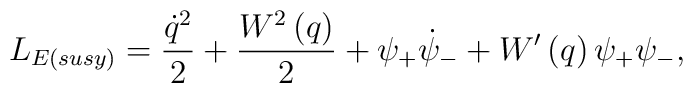
L_{E({susy}) }=\frac{\dot{q}^{2}}{2}+\frac{W^{2}\left( q\right) }{2}+\psi_{+}\dot{\psi}_{-}+W^{\prime }\left( q\right) \psi _{+}\psi _{-}  ,